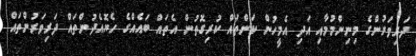
ދަރިވަރުންގެ މިނިންމުމާއި އަދި އެމީހުން ކަންތައް ކުރިގޮތުން އެތައް ބައެއްގެ ހެޔޮއެދުންތައް ދަރިވަރުންތައް